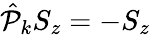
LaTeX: \hat{\mathcal P}_{k}S_{z}=-S_{z}